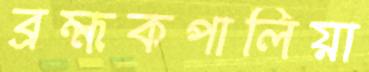
ব্রহ্মকপালিয়া